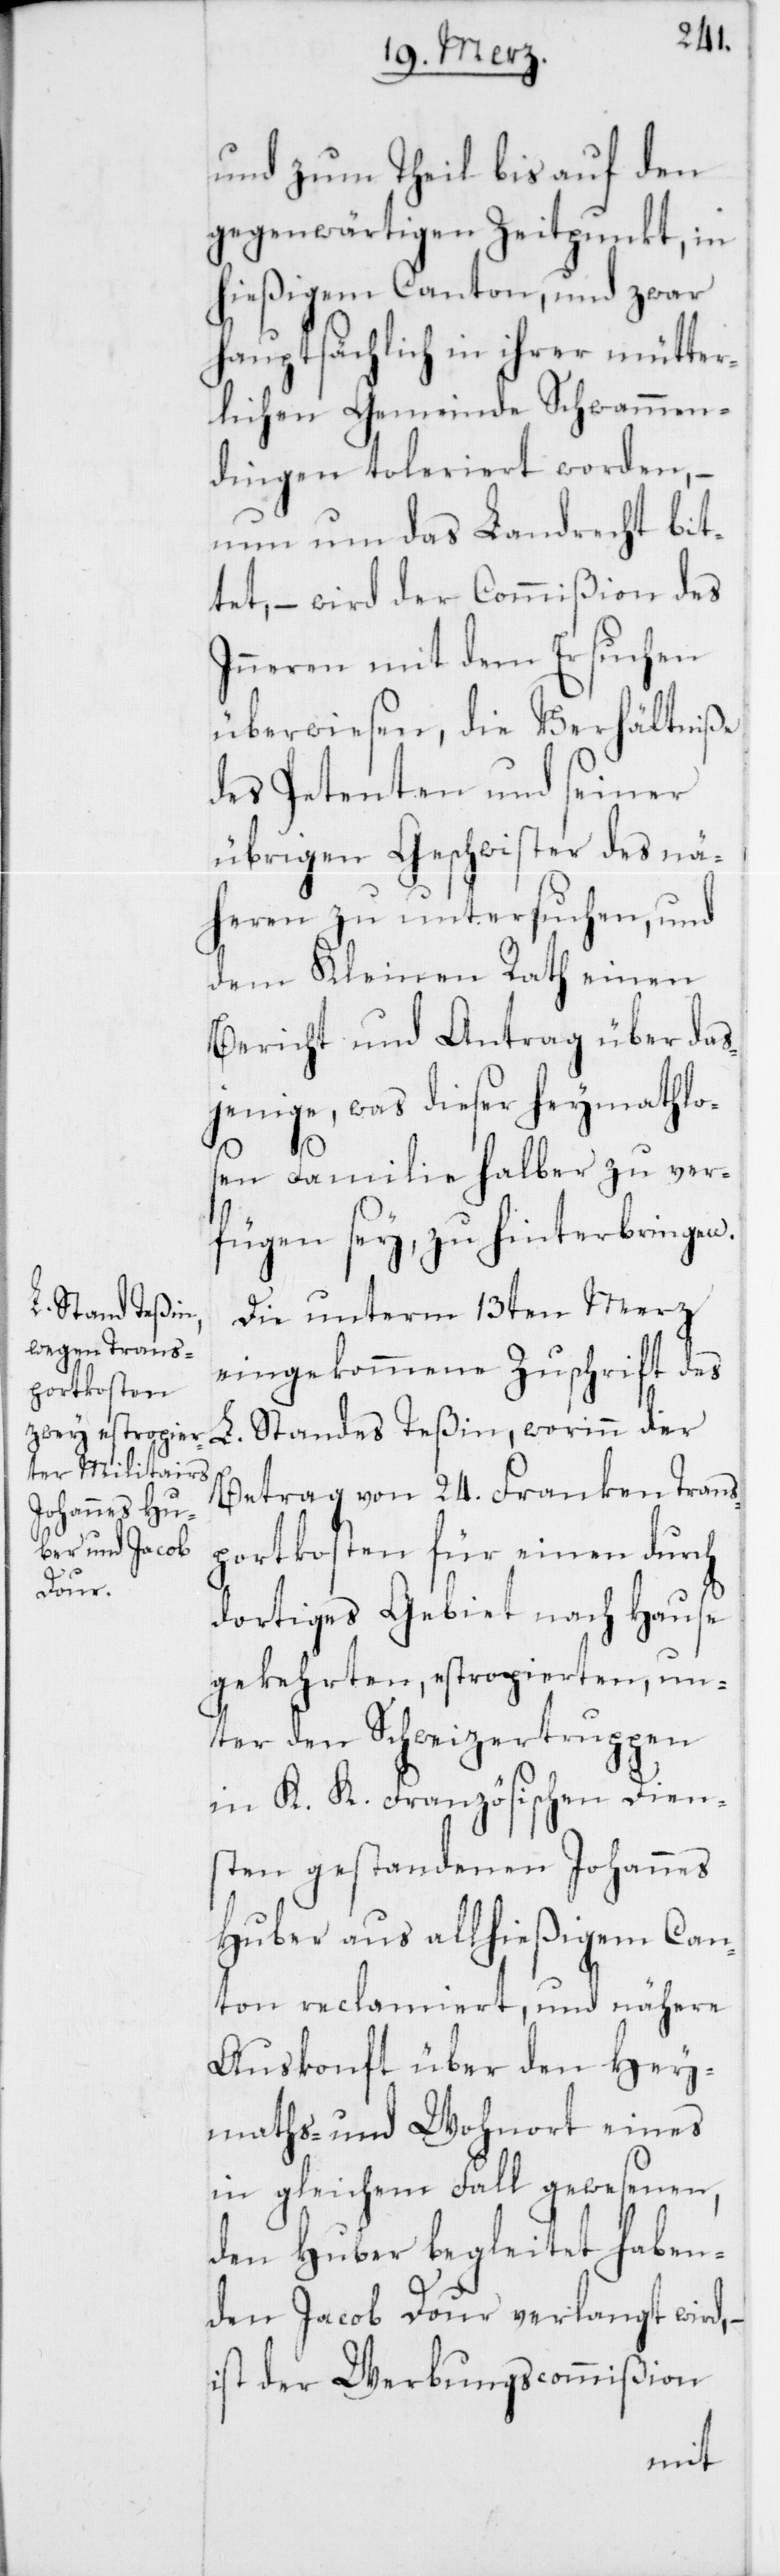
und zum Theil bis auf den
gegenwärtigen Zeitpunkt, in
hießigem Canton, und zwar
hauptsächlich in ihrer mütter¬
lichen Gemeinde Schwammen¬
dingen toleriert worden, –
nun um das Landrecht bit¬
tet, – wird der Commißion des
Inneren mit dem Ersuchen
überwiesen, die Verhältniße
des Petenten und seiner
übrigen Geschwister des nä¬
heren zu untersuchen, und
dem Kleinen Rath einen
Bericht und Antrag über das¬
jenige, was dieser heymathlo¬
sen Familie halber zu ver¬
fügen sey, zu hinterbringen.
Standes Teßin,
Die unterm 13ten Merz
eingekommene Zuschrift des
Betrag von 24. Franken Trans¬
portkosten für einen durch
dortiges Gebiet nach Hause
gekehrten, estropierten, un¬
ter den Schweizertruppen
in K. K. Französischen Dien¬
sten gestandenen Johannes
Huber aus allhießigem Can¬
ton reclamiert, und nähere
Auskonft über den Hey¬
maths- und Wohnort eines
in gleichem Fall gewesenen,
den Huber begleitet haben¬
den Jacob Dour verlangt wird, –
ist der Werbungscommißion